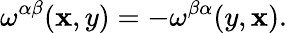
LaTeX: \omega^{\alpha\beta}(\mathbf{x},y)=-\omega^{\beta\alpha}(y,\mathbf{x}).